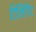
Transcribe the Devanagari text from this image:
टिलिंगिट